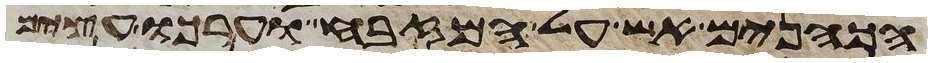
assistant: הכהנים אש על המזבח וערכו עצים